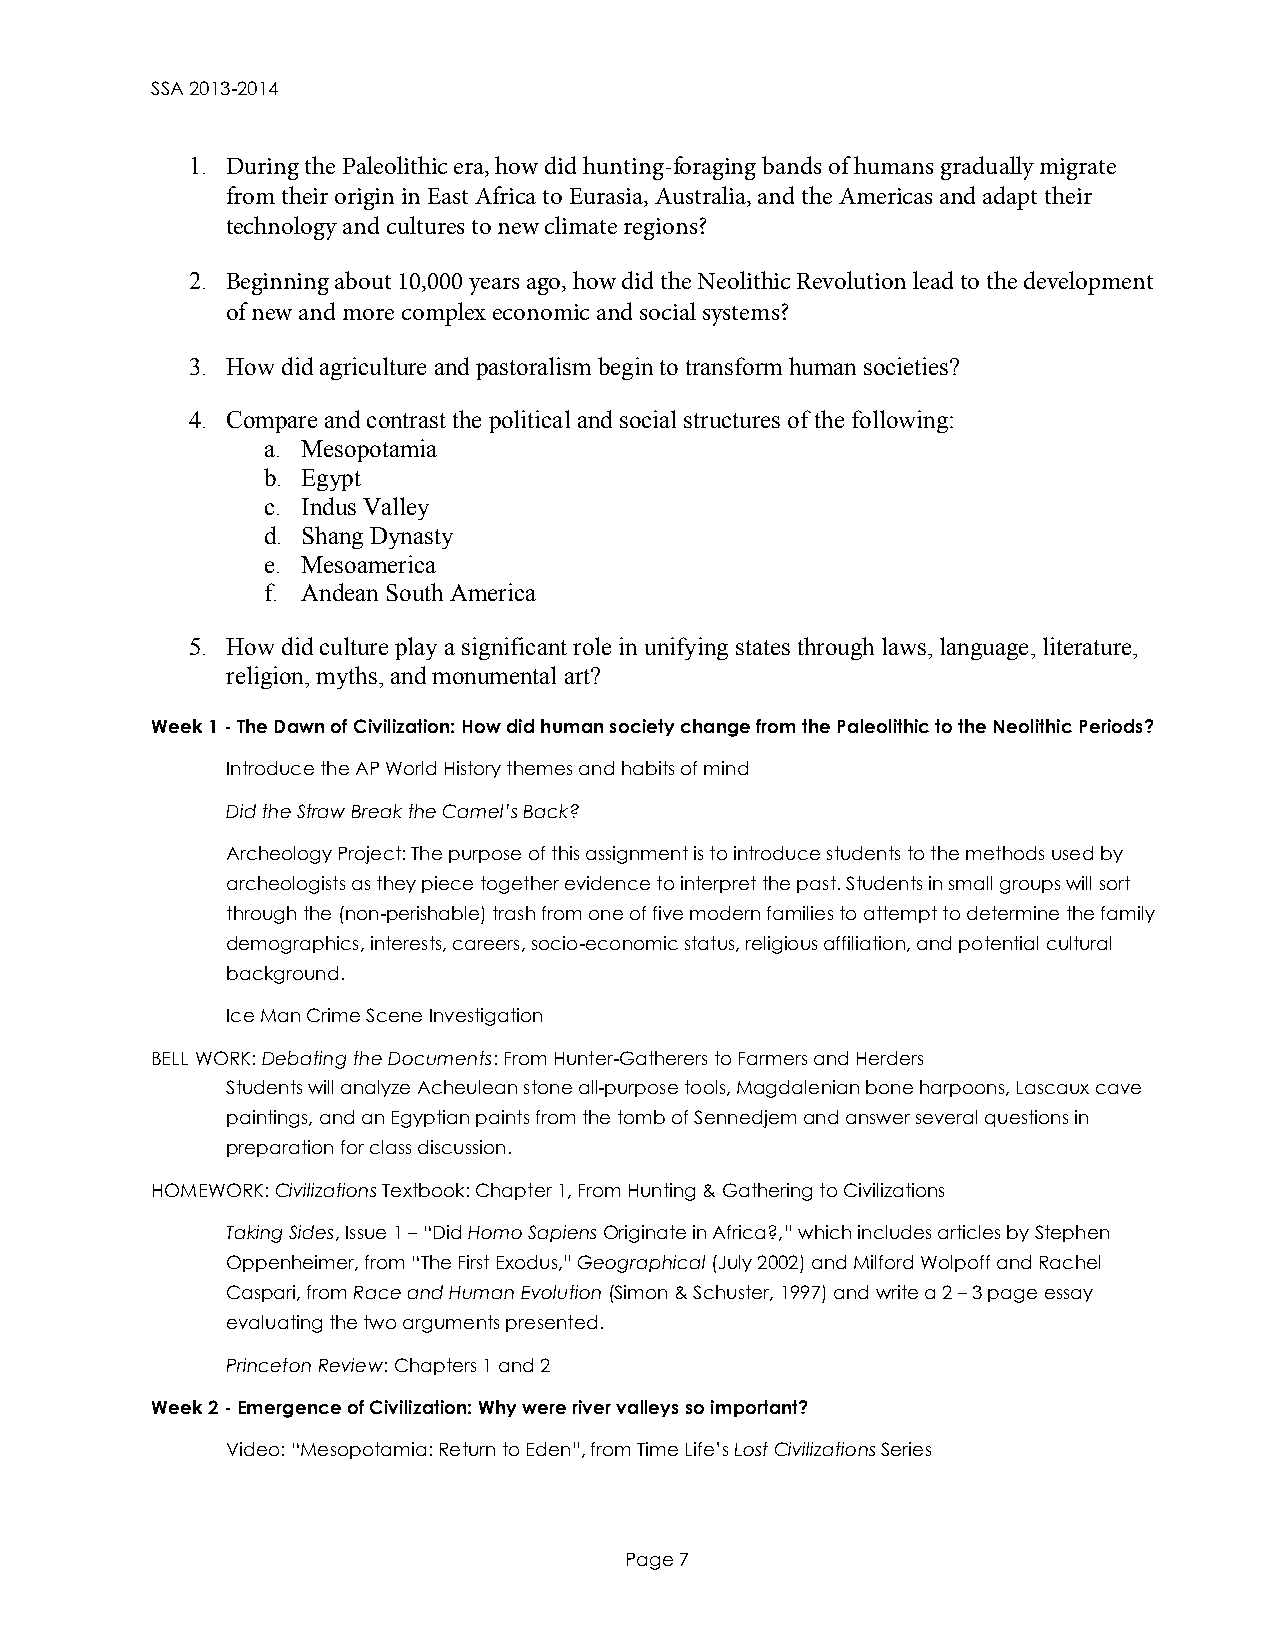
SSA 2013-2014
 1. During the Paleolithic era, how did hunting-foraging bands of humans gradually migrate
 from their origin in East Africa to Eurasia, Australia, and the Americas and adapt their
 technology and cultures to new climate regions?
 2. Beginning about 10,000 years ago, how did the Neolithic Revolution lead to the development
 of new and more complex economic and social systems?
 3. How did agriculture and pastoralism begin to transform human societies?
 4. Compare and contrast the political and social structures of the following:
 a. Mesopotamia
 b. Egypt
 c. Indus Valley
 d. Shang Dynasty
 e. Mesoamerica
 f. Andean South America
 5. How did culture play a significant role in unifying states through laws, language, literature,
 religion, myths, and monumental art?
 Week 1 - The Dawn of Civilization: How did human society change from the Paleolithic to the Neolithic Periods?
 Introduce the AP World History themes and habits of mind
 Did the Straw Break the Camel’s Back?
 Archeology Project: The purpose of this assignment is to introduce students to the methods used by
 archeologists as they piece together evidence to interpret the past. Students in small groups will sort
 through the (non-perishable) trash from one of five modern families to attempt to determine the family
 demographics, interests, careers, socio-economic status, religious affiliation, and potential cultural
 background.
 Ice Man Crime Scene Investigation
 BELL WORK: Debating the Documents: From Hunter-Gatherers to Farmers and Herders
 Students will analyze Acheulean stone all-purpose tools, Magdalenian bone harpoons, Lascaux cave
 paintings, and an Egyptian paints from the tomb of Sennedjem and answer several questions in
 preparation for class discussion.
 HOMEWORK: Civilizations Textbook: Chapter 1, From Hunting & Gathering to Civilizations
 Taking Sides, Issue 1 – “Did Homo Sapiens Originate in Africa?,” which includes articles by Stephen
 Oppenheimer, from “The First Exodus,” Geographical (July 2002) and Milford Wolpoff and Rachel
 Caspari, from Race and Human Evolution (Simon & Schuster, 1997) and write a 2 – 3 page essay
 evaluating the two arguments presented.
 Princeton Review: Chapters 1 and 2
 Week 2 - Emergence of Civilization: Why were river valleys so important?
 Video: “Mesopotamia: Return to Eden”, from Time Life’s Lost Civilizations Series
 Page 7